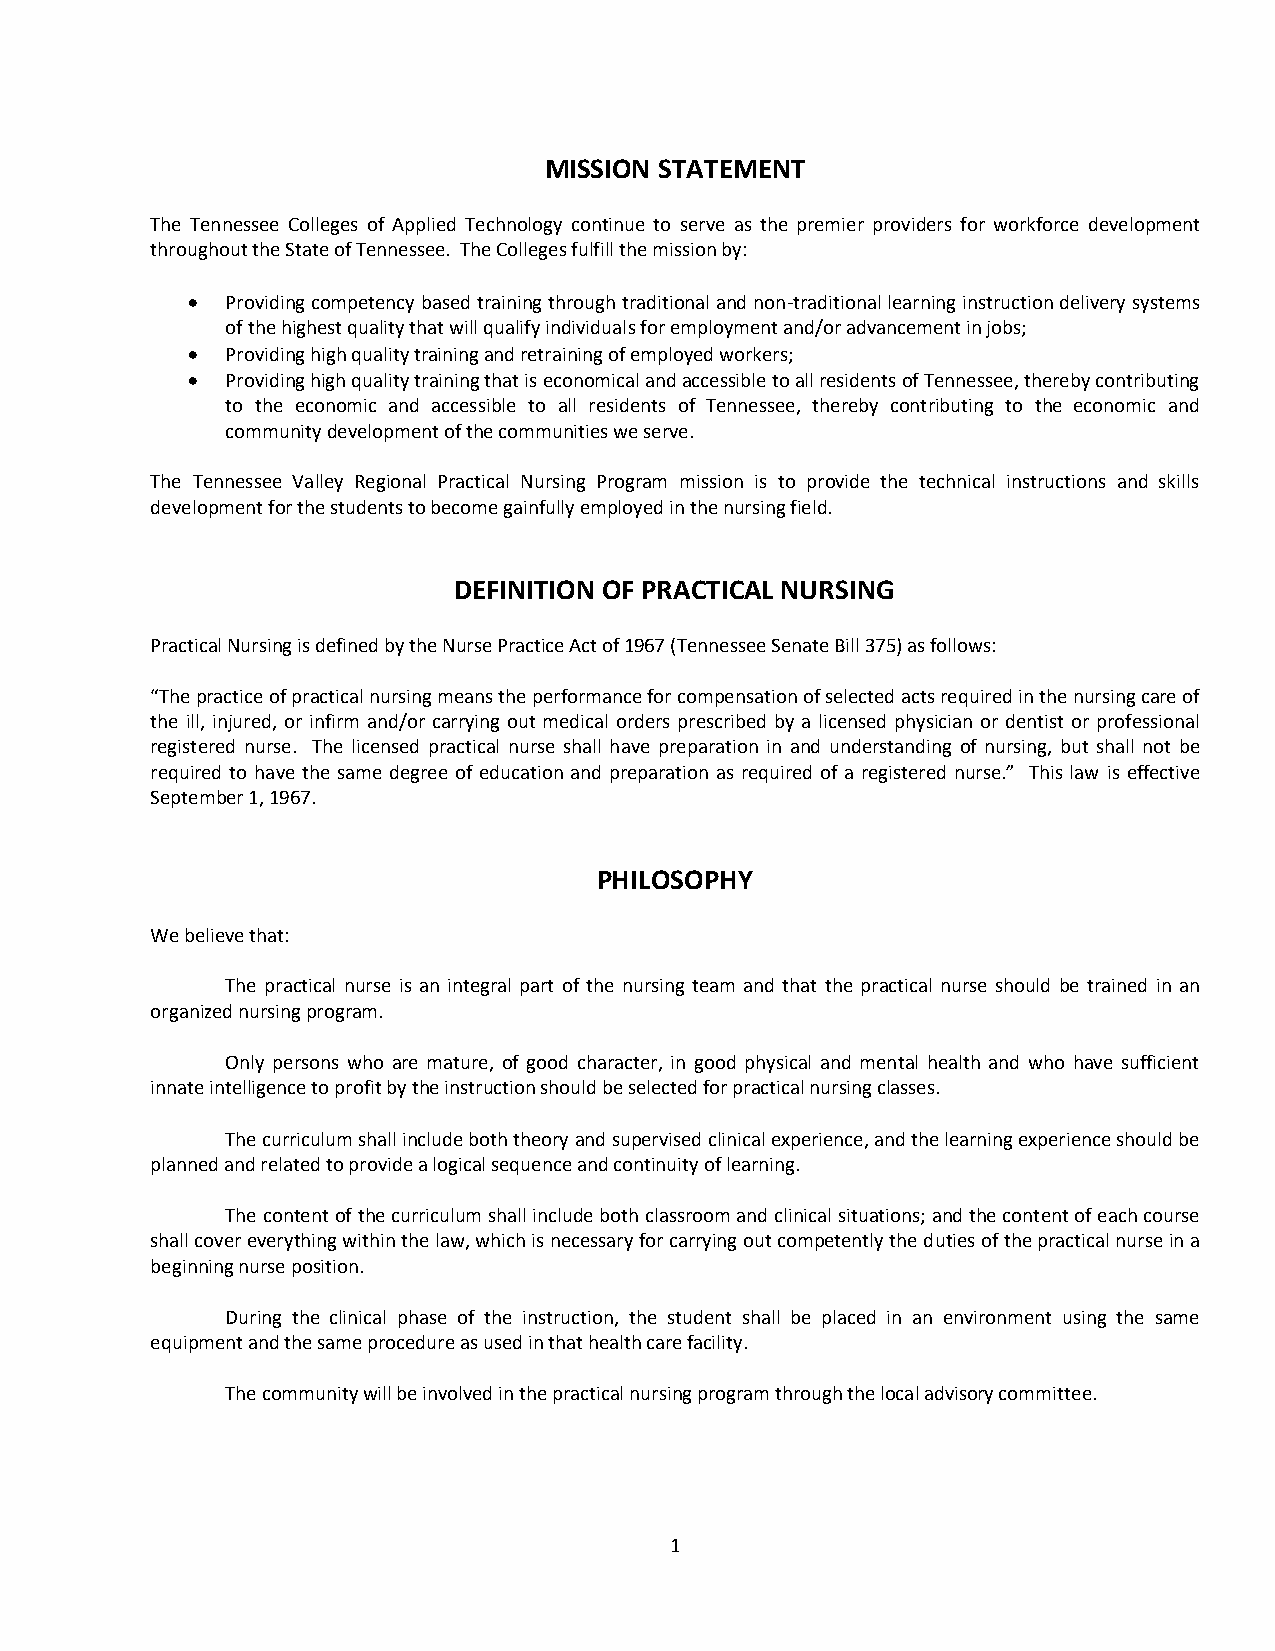
MISSION STATEMENT
 The Tennessee Colleges of Applied Technology continue to serve as the premier providers for workforce development
 throughout the State of Tennessee. The Colleges fulfill the mission by:
   Providing competency based training through traditional and non-traditional learning instruction delivery systems
 of the highest quality that will qualify individuals for employment and/or advancement in jobs;
   Providing high quality training and retraining of employed workers;
   Providing high quality training that is economical and accessible to all residents of Tennessee, thereby contributing
 to the economic and accessible to all residents of Tennessee, thereby contributing to the economic and
 community development of the communities we serve.
 The Tennessee Valley Regional Practical Nursing Program mission is to provide the technical instructions and skills
 development for the students to become gainfully employed in the nursing field.
 DEFINITION OF PRACTICAL NURSING
 Practical Nursing is defined by the Nurse Practice Act of 1967 (Tennessee Senate Bill 375) as follows:
 “The practice of practical nursing means the performance for compensation of selected acts required in the nursing care of
 the ill, injured, or infirm and/or carrying out medical orders prescribed by a licensed physician or dentist or professional
 registered nurse. The licensed practical nurse shall have preparation in and understanding of nursing, but shall not be
 required to have the same degree of education and preparation as required of a registered nurse.” This law is effective
 September 1, 1967.
 PHILOSOPHY
 We believe that:
 The practical nurse is an integral part of the nursing team and that the practical nurse should be trained in an
 organized nursing program.
 Only persons who are mature, of good character, in good physical and mental health and who have sufficient
 innate intelligence to profit by the instruction should be selected for practical nursing classes.
 The curriculum shall include both theory and supervised clinical experience, and the learning experience should be
 planned and related to provide a logical sequence and continuity of learning.
 The content of the curriculum shall include both classroom and clinical situations; and the content of each course
 shall cover everything within the law, which is necessary for carrying out competently the duties of the practical nurse in a
 beginning nurse position.
 During the clinical phase of the instruction, the student shall be placed in an environment using the same
 equipment and the same procedure as used in that health care facility.
 The community will be involved in the practical nursing program through the local advisory committee.
 1